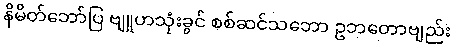
နိမိတ်ဘော်ပြ ဗျူဟသုံးခွင် စစ်ဆင်သဘော ဥဘတောဗျည်း